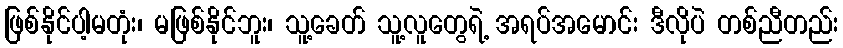
ဖြစ်နိုင်ပါ့မတုံး၊ မဖြစ်နိုင်ဘူး၊ သူ့ခေတ် သူ့လူတွေရဲ့ အရပ်အမောင်း ဒီလိုပဲ တစ်ညီတည်း